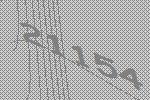
21154